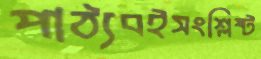
পাঠ্যবইসংশ্লিষ্ট